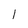
Character: l